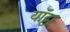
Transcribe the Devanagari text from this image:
यॉट्टा